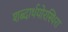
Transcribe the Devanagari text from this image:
शब्दार्थयोरस्थिरा